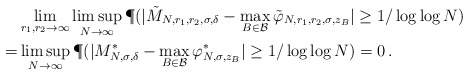
\begin{align*}&\lim_{r_1, r_2\to \infty} \limsup_{N\to \infty} \P(|\tilde M_{N,r_1, r_2, \sigma, \delta} - \max_{B\in \mathcal B} \tilde\varphi_{N, r_1, r_2, \sigma, z_B} | \geq 1/\log\log N) \\=& \limsup_{N\to \infty} \P( |M^*_{N, \sigma, \delta} - \max_{B\in \mathcal B} \varphi^*_{N, \sigma, z_B} | \geq 1/\log\log N) = 0\,.\end{align*}